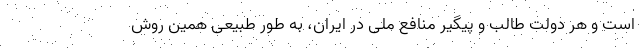
است و هر دولت طالب و پیگیر منافع ملی در ایران، به طور طبیعی همین روش